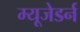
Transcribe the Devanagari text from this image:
म्यूजेडर्न